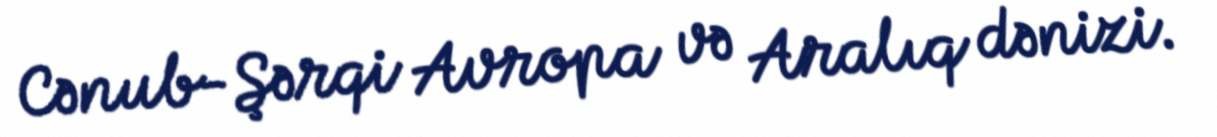
Cənub-Şərqi Avropa və Aralıq dənizi.